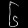
Digit: ၆